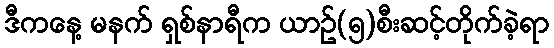
ဒီကနေ့ မနက် ရှစ်နာရီက ယာဥ်(၅)စီးဆင့်တိုက်ခဲ့ရာ